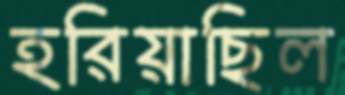
হরিয়াছিল